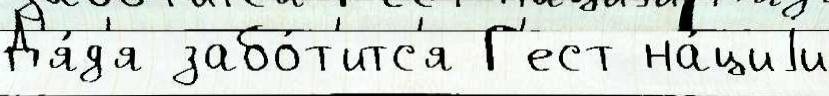
Д'я́д'я забо́т'итс'я Г'ест на́циjи